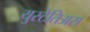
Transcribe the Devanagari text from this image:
युस्टेतिअस